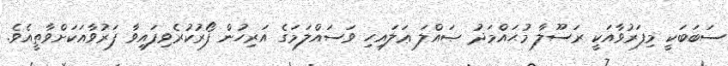
ސަބަބަކީ މިފަރުވާއަކީ ރަސޫލާ މުޙައްމަދު ޞައްލަ ޢަލައިހި ވަސައްލަމަގެ އަރިހުން ފޯރުކުރެވިފައިވާ ފަރުވާއަކަށްވާތީއެވެ.